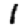
Digit: 1